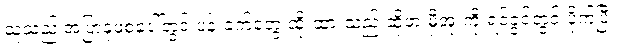
သူသည် အပြာနုဖဲစပေါ်တွင် ပန်းခက်တွေ ထိုးထားသည့် ဆိုဖာ မှီအုံးကို ရင်ခွင်တွင် ပိုက်ပြီး